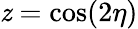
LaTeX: \mathit{z}=\cos(2\eta)